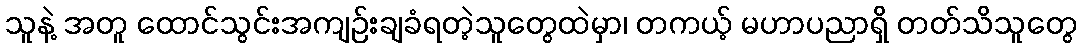
သူနဲ့ အတူ ထောင်သွင်းအကျဉ်းချခံရတဲ့သူတွေထဲမှာ၊ တကယ့် မဟာပညာရှိ တတ်သိသူတွေ